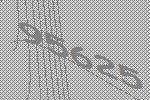
95625